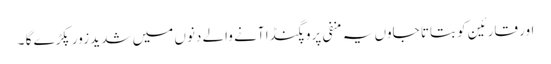
اور قارئین کو بتاتا جاوں یہ منفی پروپگنڈا آنے والے دنوں میں شدید زور پکڑے گا ۔